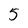
Character: 5